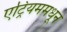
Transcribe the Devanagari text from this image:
एट्रियममधून